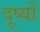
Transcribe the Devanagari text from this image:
दूष्यों